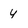
Character: 4